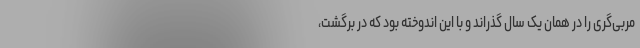
مربی‌گری را در همان یک سال گذراند و با این اندوخته بود که در برگشت،